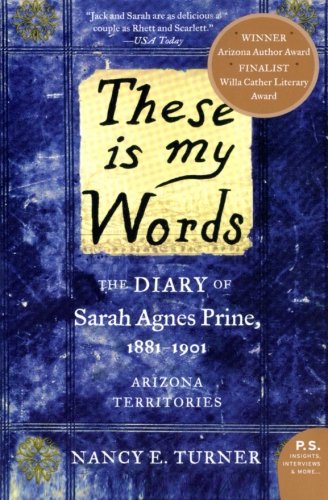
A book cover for These is my Words: The Diary of Sarah Agnes Prine, 1881-1901 (P.S.); Nancy Turner; Literature & Fiction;